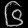
Digit: ၆